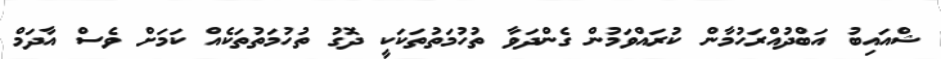
ޝްއައިބު އަބްދުއްރަހުމާން ކުރައްވަމުން ގެންދަވާ ތުހުމަތުތަކަކީ ދޮގު ތުހުމަތުތަކެއް ކަމަށް ވެސް އާދަމް